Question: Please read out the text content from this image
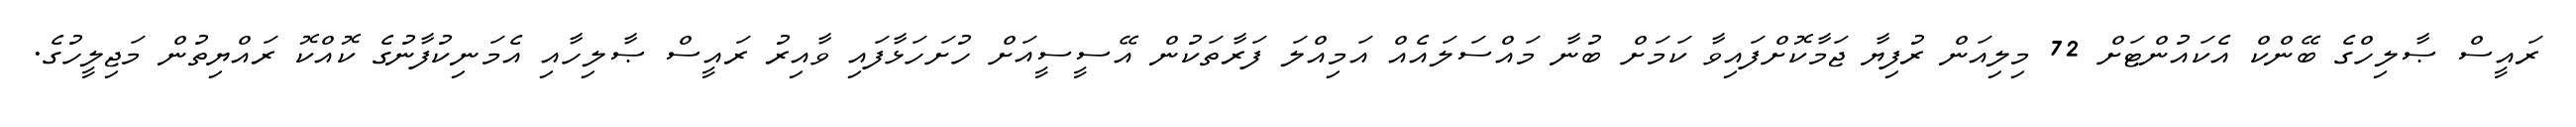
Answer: ރައީސް ޞާލިހްގެ ބޭންކް އެކައުންޓަށް 72 މިލިއަން ރުފިޔާ ޖަމާކޮށްފައިވާ ކަމަށް ބުނާ މައްސަލައެއް އަމިއްލަ ފަރާތަކުން އޭސީސީއަށް ހުށަހަޅާފައި ވާއިރު ރައީސް ޞާލިހާއި އެމަނިކުފާނުގެ ކޮއްކޮ ރައްޔިތުން މަޖިލީހުގެ.